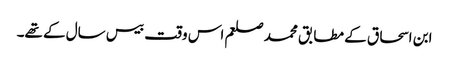
ابن اسحاق کے مطابق محمد صلعم اس وقت بیس سال کے تھے۔